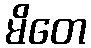
မိတေ